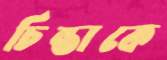
চিন্তাকে